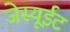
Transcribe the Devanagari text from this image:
जेस्यूईट